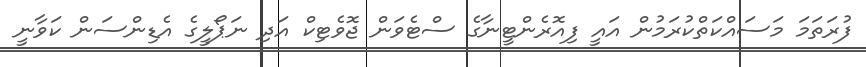
ފުރަތަމަ މަސައްކަތްކުރަމުން އައީ ފިއޮރެންޓީނާގެ ސްޓެވަން ޖޮވެޓިކް އަދި ނަޕޯލީގެ އެޑިންސަން ކަވާނީ